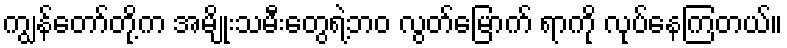
ကျွန်တော်တို့က အမျိုးသမီးတွေရဲ့ဘဝ လွတ်မြောက် ရာကို လုပ်နေကြတယ်။